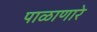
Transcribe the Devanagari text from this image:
पाळाणारे